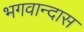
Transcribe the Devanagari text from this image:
भगवान्दास